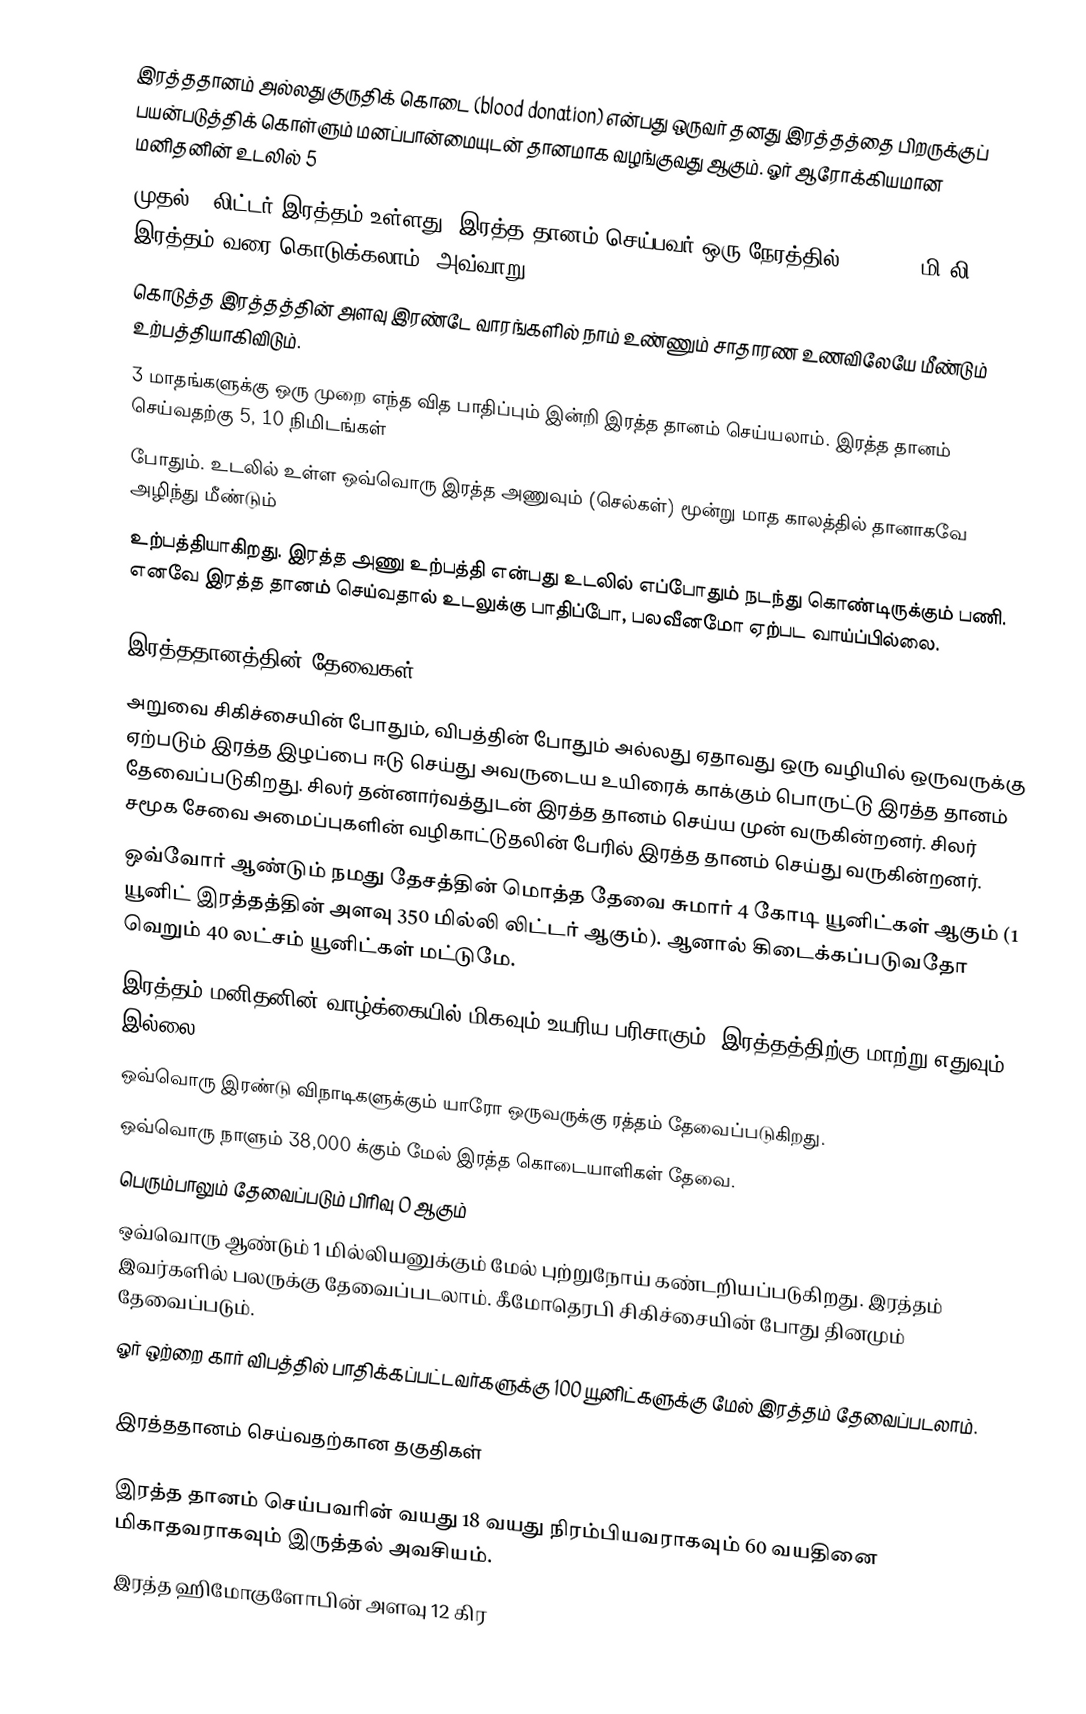
இரத்ததானம் அல்லது குருதிக் கொடை (blood donation) என்பது ஒருவர் தனது இரத்தத்தை பிறருக்குப் பயன்படுத்திக் கொள்ளும் மனப்பான்மையுடன் தானமாக வழங்குவது ஆகும். ஓர் ஆரோக்கியமான மனிதனின் உடலில் 5
முதல் 6 லிட்டர் இரத்தம் உள்ளது. இரத்த தானம் செய்பவர் ஒரு நேரத்தில் 200, 300 மி.லி. இரத்தம் வரை கொடுக்கலாம். அவ்வாறு
கொடுத்த இரத்தத்தின் அளவு இரண்டே வாரங்களில் நாம் உண்ணும் சாதாரண உணவிலேயே மீண்டும் உற்பத்தியாகிவிடும்.
3 மாதங்களுக்கு ஒரு முறை எந்த வித பாதிப்பும் இன்றி இரத்த தானம் செய்யலாம். இரத்த தானம் செய்வதற்கு 5, 10 நிமிடங்கள்
போதும். உடலில் உள்ள ஒவ்வொரு இரத்த அணுவும் (செல்கள்) மூன்று மாத காலத்தில் தானாகவே அழிந்து மீண்டும்
உற்பத்தியாகிறது. இரத்த அணு உற்பத்தி என்பது உடலில் எப்போதும் நடந்து கொண்டிருக்கும் பணி. எனவே இரத்த தானம் செய்வதால் உடலுக்கு பாதிப்போ, பலவீனமோ ஏற்பட வாய்ப்பில்லை.

இரத்ததானத்தின் தேவைகள்
அறுவை சிகிச்சையின் போதும்,  விபத்தின் போதும் அல்லது ஏதாவது ஒரு வழியில் ஒருவருக்கு ஏற்படும் இரத்த இழப்பை ஈடு செய்து அவருடைய உயிரைக் காக்கும் பொருட்டு இரத்த தானம் தேவைப்படுகிறது. சிலர் தன்னார்வத்துடன் இரத்த தானம் செய்ய முன் வருகின்றனர். சிலர் சமூக சேவை அமைப்புகளின் வழிகாட்டுதலின் பேரில் இரத்த தானம் செய்து வருகின்றனர்.
 ஒவ்வோர் ஆண்டும் நமது தேசத்தின் மொத்த தேவை  சுமார் 4 கோடி யூனிட்கள் ஆகும்  (1  யூனிட் இரத்தத்தின் அளவு 350 மில்லி லிட்டர் ஆகும்). ஆனால் கிடைக்கப்படுவதோ வெறும் 40 லட்சம்  யூனிட்கள் மட்டுமே.
 இரத்தம் மனிதனின் வாழ்க்கையில் மிகவும் உயரிய பரிசாகும். இரத்தத்திற்கு மாற்று எதுவும் இல்லை.
 ஒவ்வொரு இரண்டு விநாடிகளுக்கும்  யாரோ ஒருவருக்கு  ரத்தம் தேவைப்படுகிறது.
 ஒவ்வொரு நாளும்  38,000 க்கும் மேல் இரத்த கொடையாளிகள்  தேவை.
 பெரும்பாலும் தேவைப்படும் பிரிவு O ஆகும்
  ஒவ்வொரு ஆண்டும் 1 மில்லியனுக்கும் மேல் புற்றுநோய் கண்டறியப்படுகிறது. இரத்தம் இவர்களில் பலருக்கு தேவைப்படலாம். கீமோதெரபி சிகிச்சையின் போது தினமும் தேவைப்படும்.
 ஓர் ஒற்றை கார் விபத்தில் பாதிக்கப்பட்டவர்களுக்கு 100 யூனிட்களுக்கு மேல் இரத்தம் தேவைப்படலாம்.

இரத்ததானம் செய்வதற்கான தகுதிகள்

 இரத்த தானம் செய்பவரின் வயது 18 வயது நிரம்பியவராகவும் 60 வயதினை மிகாதவராகவும் இருத்தல் அவசியம்.
 இரத்த ஹிமோகுளோபின் அளவு 12 கிர